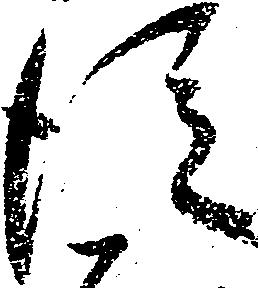
従